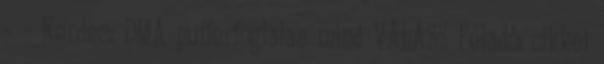
= - Kerdes: DMA pufferfoglalas mind VÁLASZ Feladó: cikkei